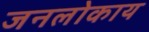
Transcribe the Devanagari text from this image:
जनलोकाय